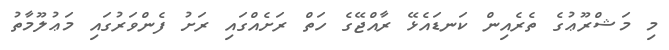
މި މަޝްރޫޢުގެ ތެރެއިން ކަނޑައެޅޭ ރާއްޖޭގެ ހަތް ރަށެއްގައި ރަށު ފެންވަރުގައި މަޢުލޫމާތު